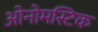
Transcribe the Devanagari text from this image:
ओनोमस्टिक